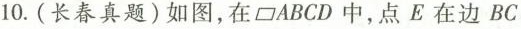
10.(长春真题)如图，在\parallelogram ABCD中，点E在边BC